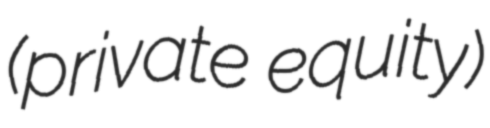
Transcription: (private equity)